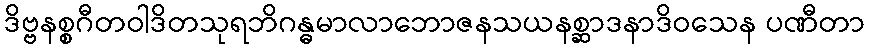
ဒိဗ္ဗနစ္စဂီတဝါဒိတသုရဘိဂန္ဓမာလာဘောဇနသယနစ္ဆာဒနာဒိဝသေန ပဏီတာ